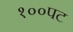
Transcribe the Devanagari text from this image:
१००पट